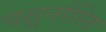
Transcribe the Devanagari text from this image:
चक्षुर्नास्ति